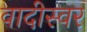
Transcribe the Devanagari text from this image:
वादीस्वर